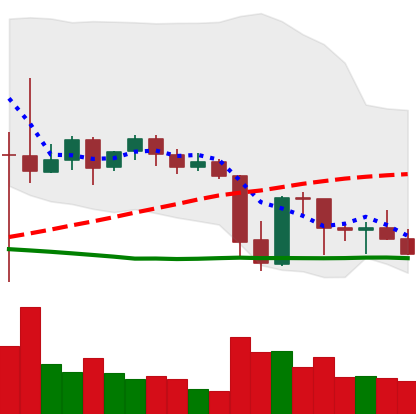
Ticker: XRP-USD
Chart end date: 2021-09-28
Forward return: 18.069%
Label: up_7plus